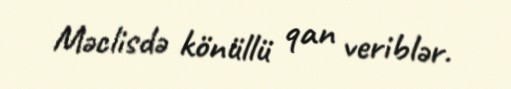
Məclisdə könüllü qan veriblər.